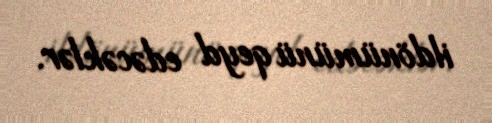
ildönümünü qeyd edəcəklər.